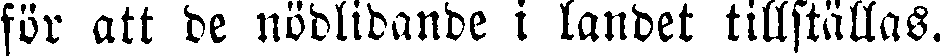
för att de nödlidande i landet tillställas.